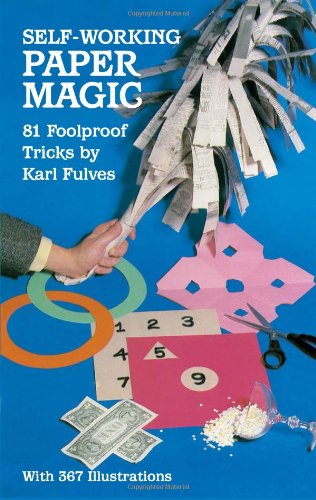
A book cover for Self-Working Paper Magic: 81 Foolproof Tricks (Dover Magic Books); Karl Fulves; Humor & Entertainment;